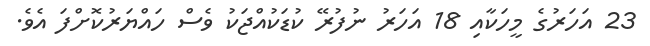
23 އަހަރުގެ މީހަކާއި 18 އަހަރު ނުފުރޭ ކުޑަކުއްޖަކު ވެސް ހައްޔަރުކޮށްފަ އެވެ.